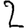
Digit: 2